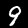
Digit: 9